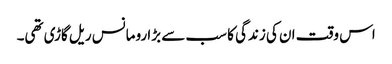
اس وقت ان کی زندگی کا سب سے بڑا رومانس ریل گاڑی تھی۔